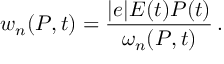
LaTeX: w _ { n } ( P , t ) = \frac { | e | E ( t ) P ( t ) } { \omega _ { n } ( P , t ) } \, .